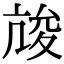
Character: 𡕧